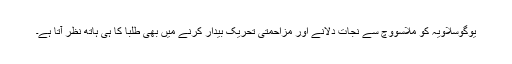
یوگوسلاویہ کو ملاسووچ سے نجات دلانے اور مزاحمتی تحریک بیدار کرنے میں بھی طلبا کا ہی ہاتھ نظر آتا ہے۔